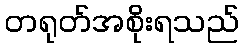
တရုတ်အစိုးရသည်